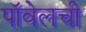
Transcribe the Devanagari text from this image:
पॉवेलची